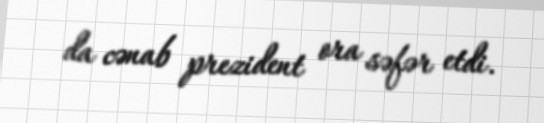
da cənab prezident ora səfər etdi.